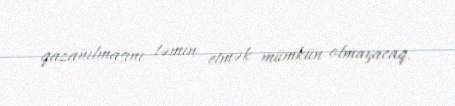
qazanılmasını təmin etmək mümkün olmayacaq.